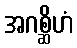
အဂစ္ဆိဟံ